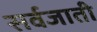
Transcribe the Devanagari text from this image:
सर्वजाती